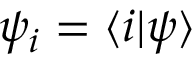
\psi _ { i } = \langle i | \psi \rangle